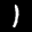
Label: 1